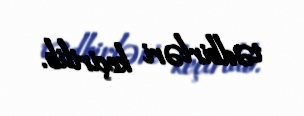
tədbirləri keçirilib.